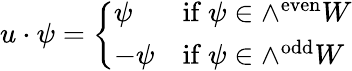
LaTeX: u\cdot\psi=\left\{ {\begin{array}{ll}{\psi}&{{\mathrm{if~}}\psi\in\wedge^{\mathrm{even}}W}\\ {-\psi}&{{\mathrm{if~}}\psi\in\wedge^{\mathrm{odd}}W}\end{array}}\right.